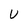
Character: U